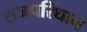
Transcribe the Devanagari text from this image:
राजपरिधान